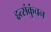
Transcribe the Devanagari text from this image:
हृत्संकुंचन